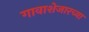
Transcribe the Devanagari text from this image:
गावाशेजारच्या